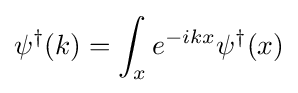
\psi ^{\dagger }(k)=\int _{x}e^{-ikx}\psi ^{\dagger }(x)